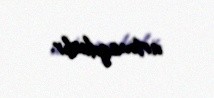
artmaqdadır.